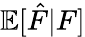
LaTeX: \mathbb{E}[\hat{F}|F]